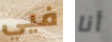
فيي أنا